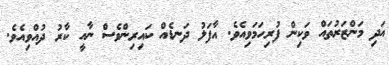
އަދި މަންޒަރުތައް ވަކިން ފުރިހަމަވިއެވެ. އާފަލު ދަނޑެއް ކައިރިންވެސް ނާއީ ކާރު ދުއްވިއެވެ.